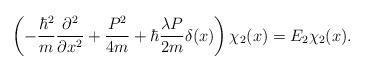
LaTeX: \begin{align*}\left(-{\hbar^2\over m}{\partial^2\over\partial x^{2}}+{P^2\over 4m}+\hbar{\lambda P\over 2m}\delta(x)\right)\chi_2(x)=E_2 \chi_2(x).\end{align*}